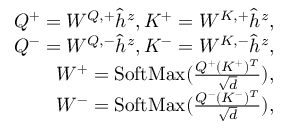
\begin{array} { r } { Q ^ { + } = W ^ { Q , + } \hat { h } ^ { z } , K ^ { + } = W ^ { K , + } \hat { h } ^ { z } , } \\ { Q ^ { - } = W ^ { Q , - } \hat { h } ^ { z } , K ^ { - } = W ^ { K , - } \hat { h } ^ { z } , } \\ { W ^ { + } = \mathrm { S o f t M a x } ( \frac { Q ^ { + } ( K ^ { + } ) ^ { T } } { \sqrt { d } } ) , } \\ { W ^ { - } = \mathrm { S o f t M a x } ( \frac { Q ^ { - } ( K ^ { - } ) ^ { T } } { \sqrt { d } } ) , } \end{array}